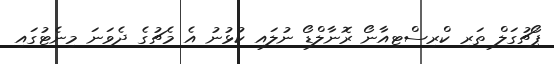
ޕޯޗުގަލް ތަރި ކްރިސްޓިއާނޯ ރޮނާލްޑޯ ނުލައި ކުޅުނު އެ މެޗުގެ ދެވަނަ މިނެޓުގައި